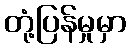
တုံ့ပြန်မှုမှာ